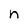
Character: n